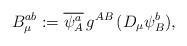
LaTeX: \begin{align*}B_{\mu}^{ab} := \overline{\psi_A^a} \, g^{AB} \, (D_{\mu} \psi_B^b),\end{align*}